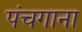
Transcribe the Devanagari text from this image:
पंचगाना